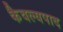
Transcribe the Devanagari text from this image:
कैवल्यपाद